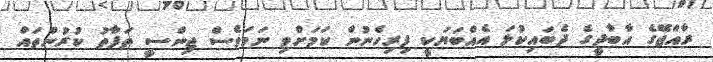
ރާއްޖޭގެ އާބާދީގެ ދެބައިކުޅަ އެއްބަޔަކީ ފިރިހެނުން ކަމަށްވި ނަމަވެސް ޖިންސީ ތަފާތު ކުރުންތައް